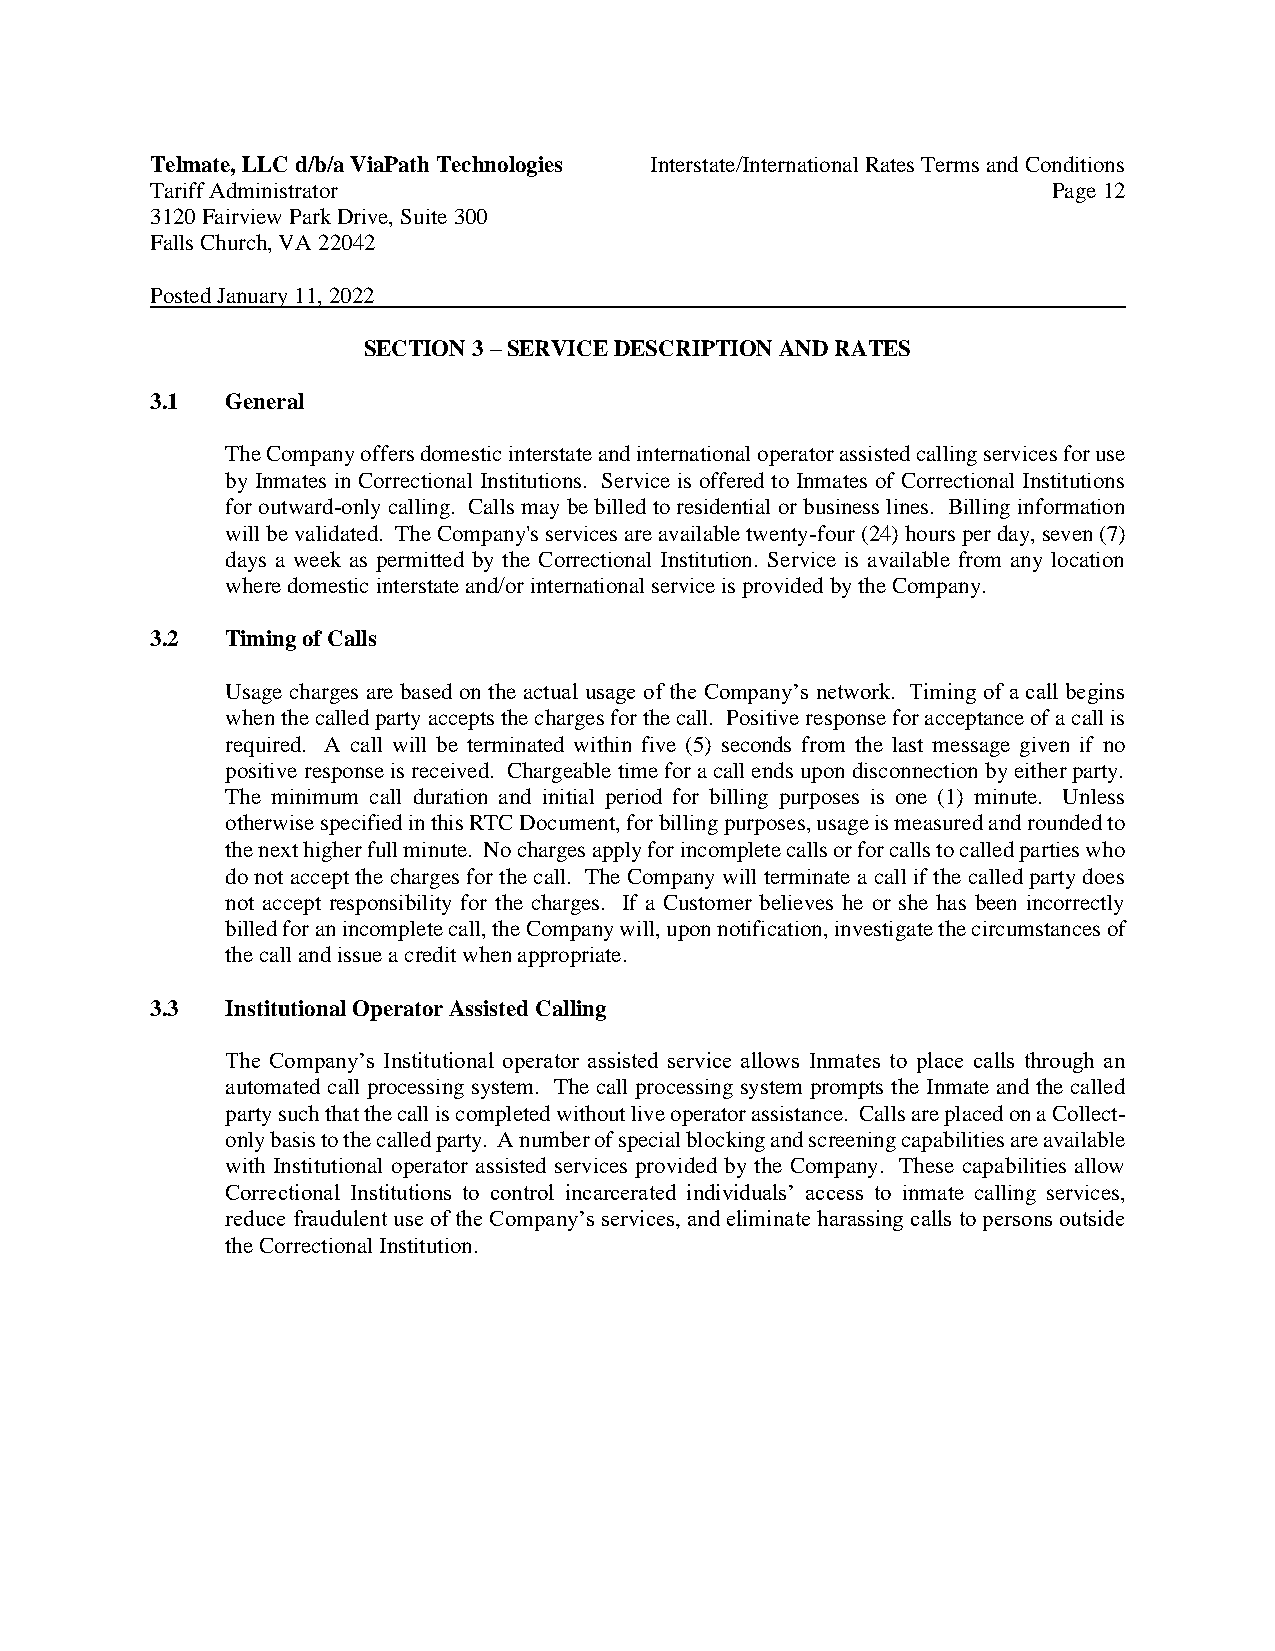
Telmate, LLC d/b/a ViaPath Technologies Interstate/International Rates Terms and Conditions
 Tariff Administrator                                        Page 12
 3120 Fairview Park Drive, Suite 300
 Falls Church, VA 22042
 Posted January 11, 2022
 SECTION 3 – SERVICE DESCRIPTION AND RATES
 3.1  General
 The Company offers domestic interstate and international operator assisted calling services for use
 by Inmates in Correctional Institutions. Service is offered to Inmates of Correctional Institutions
 for outward-only calling. Calls may be billed to residential or business lines. Billing information
 will be validated. The Company's services are available twenty-four (24) hours per day, seven (7)
 days a week as permitted by the Correctional Institution. Service is available from any location
 where domestic interstate and/or international service is provided by the Company.
 3.2  Timing of Calls
 Usage charges are based on the actual usage of the Company’s network. Timing of a call begins
 when the called party accepts the charges for the call. Positive response for acceptance of a call is
 required. A call will be terminated within five (5) seconds from the last message given if no
 positive response is received. Chargeable time for a call ends upon disconnection by either party.
 The minimum call duration and initial period for billing purposes is one (1) minute. Unless
 otherwise specified in this RTC Document, for billing purposes, usage is measured and rounded to
 the next higher full minute. No charges apply for incomplete calls or for calls to called parties who
 do not accept the charges for the call. The Company will terminate a call if the called party does
 not accept responsibility for the charges. If a Customer believes he or she has been incorrectly
 billed for an incomplete call, the Company will, upon notification, investigate the circumstances of
 the call and issue a credit when appropriate.
 3.3  Institutional Operator Assisted Calling
 The Company’s Institutional operator assisted service allows Inmates to place calls through an
 automated call processing system. The call processing system prompts the Inmate and the called
 party such that the call is completed without live operator assistance. Calls are placed on a Collect-
 only basis to the called party. A number of special blocking and screening capabilities are available
 with Institutional operator assisted services provided by the Company. These capabilities allow
 Correctional Institutions to control incarcerated individuals’ access to inmate calling services,
 reduce fraudulent use of the Company’s services, and eliminate harassing calls to persons outside
 the Correctional Institution.